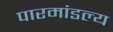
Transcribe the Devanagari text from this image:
पारमांडल्य